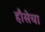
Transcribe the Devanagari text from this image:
हौसेचा